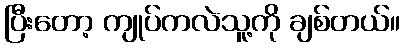
ပြီးတော့ ကျုပ်ကလဲသူ့ကို ချစ်တယ်။